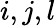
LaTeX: i,j,l